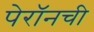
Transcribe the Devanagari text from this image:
पेरॉनची